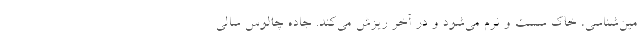
مین‌شناسی، خاک سست و نرم می‌شود و در آخر ریزش می‌کند. جاده چالوس سالی